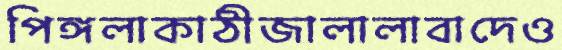
পিঙ্গলাকাঠীজালালাবাদেও